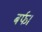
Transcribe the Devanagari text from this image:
बर्फ।